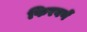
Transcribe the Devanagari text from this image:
फिरवणें